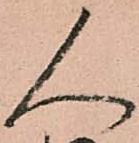
人